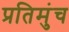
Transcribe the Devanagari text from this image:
प्रतिमुंच